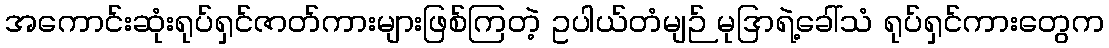
အကောင်းဆုံးရုပ်ရှင်ဇာတ်ကားများဖြစ်ကြတဲ့ ဥပါယ်တံမျဉ် မုဒြာရဲ့ခေါ်သံ ရုပ်ရှင်ကားတွေက